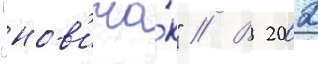
"нов'ичо́к" // В 2002